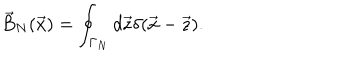
\vec { B } _ { N } ( \vec { x } ) = \oint _ { \Gamma _ { N } } d \vec { z } \delta ( \vec { x } - \vec { z } ) .